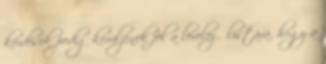
kérdések pedig kerüljenek fel a levelező listára, hogy a